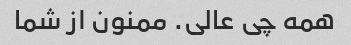
همه چی عالی. ممنون از شما